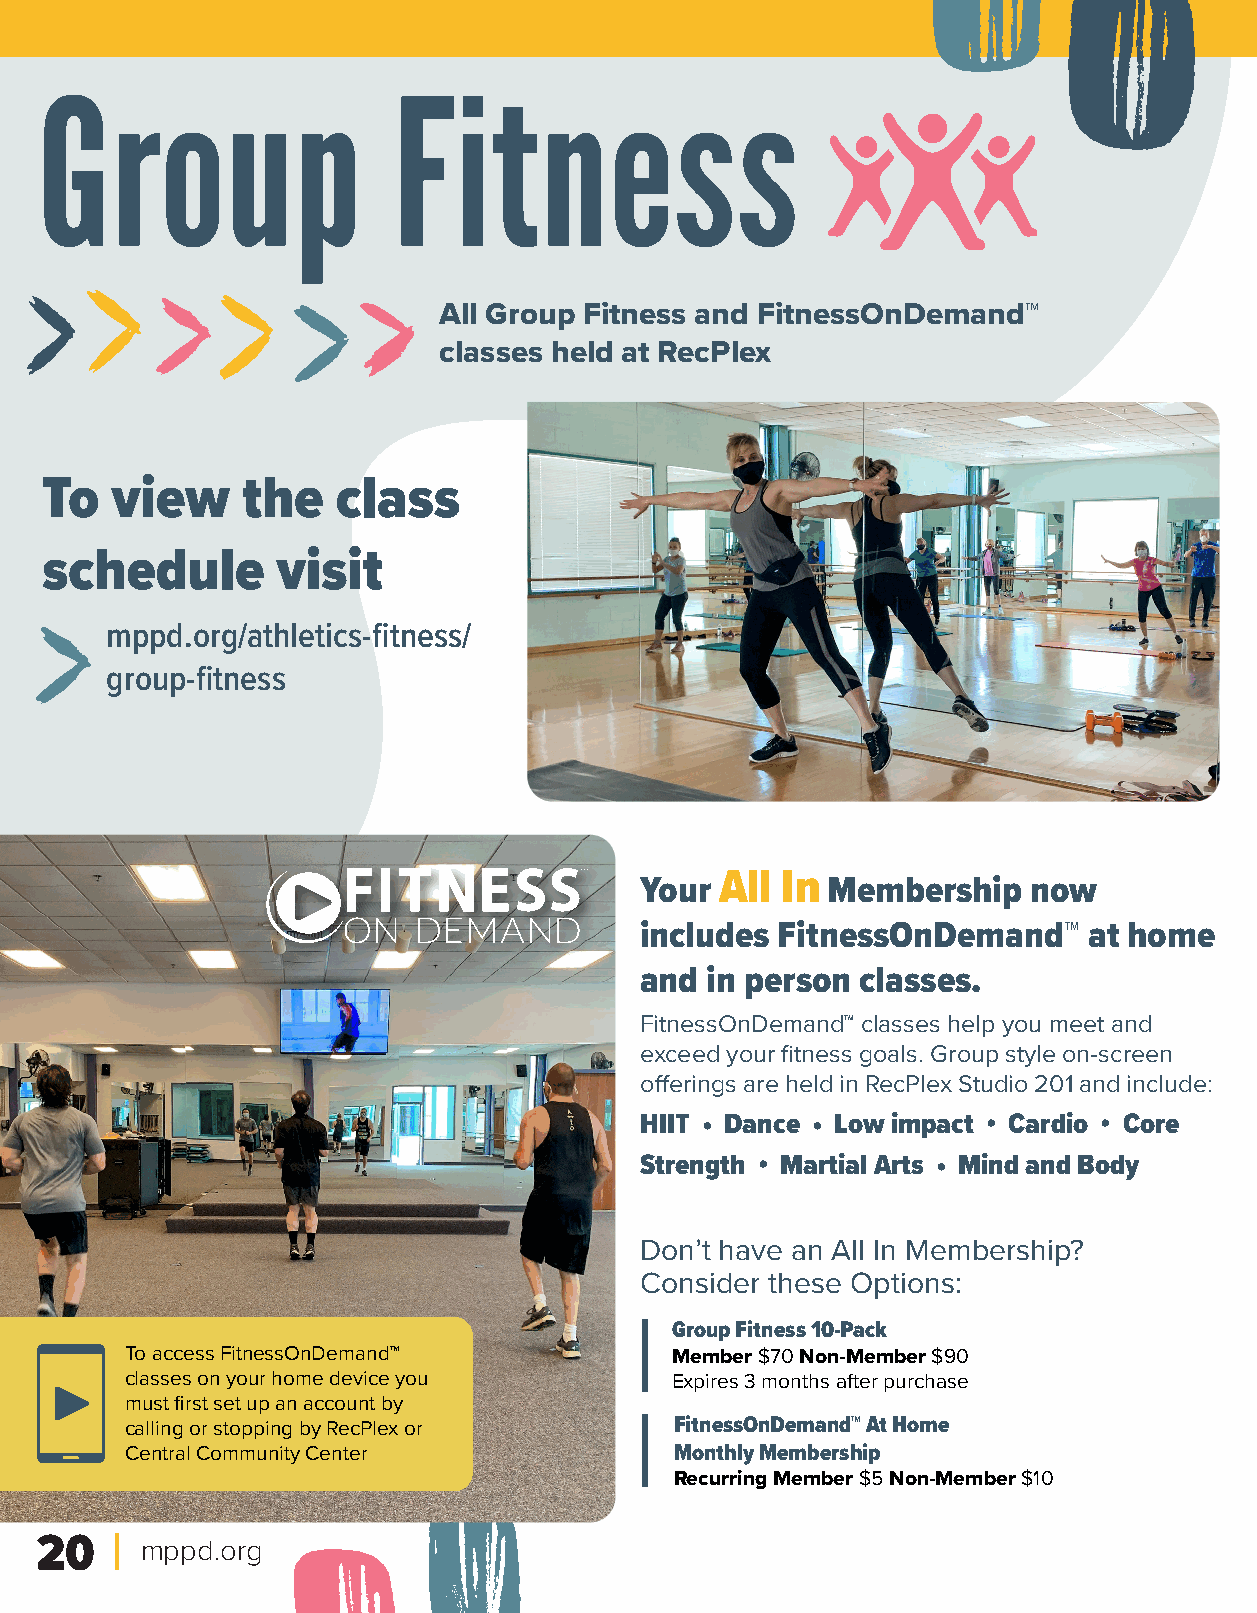
Group                  Fitness
 All Group Fitness and FitnessOnDemand™
 classes held at RecPlex
 To  view     the   class
 schedule       visit
 mppd.org/athletics-fitness/
 group-fitness
 All In
 Your         Membership   now
 includes FitnessOnDemand™     at home
 and  in person classes.
 FitnessOnDemand™ classes help you meet and
 exceed your fitness goals. Group style on-screen
 offerings are held in RecPlex Studio 201 and include:
 HIIT • Dance • Low impact • Cardio • Core
 Strength • Martial Arts • Mind and Body
 Don’t have an All In Membership?
 Consider these Options:
 Group Fitness 10-Pack
 To access FitnessOnDemand™          Member $70 Non-Member $90
 classes on your home device you     Expires 3 months after purchase
 must first set up an account by
 calling or stopping by RecPlex or    FitnessOnDemand™ At Home
 Central Community Center             Monthly Membership
 Recurring Member $5 Non-Member $10
 20     mppd.org